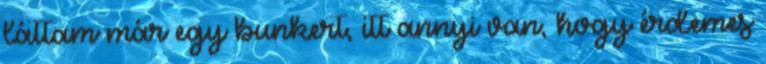
láttam már egy bunkert, itt annyi van, hogy érdemes